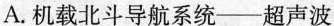
A.机载北斗导航系统——超声波